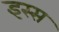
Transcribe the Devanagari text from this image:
इस्स